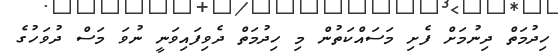
ހިދުމަތް ދިނުމަށް ފެށި މަސައްކަތުން މި ހިދުމަތް ދެވިފައިވަނީ ނުވަ މަސް ދުވަހުގެ